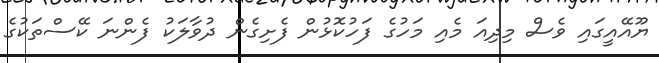
ޔޫއޭއީގައި ވެސް މިދިއަ މެއި މަހުގެ ފަހުކޮޅުން ފެށިގެން ދުވާލަކު ފެންނަ ކޭސްތަކުގެ